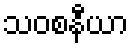
သဝစနီယာ